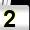
Digit: 2